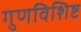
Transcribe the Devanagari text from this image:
गुणविशिष्ट